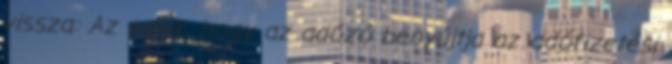
vissza: Az egyik, hogy az adózó benyújtja az adófizetési